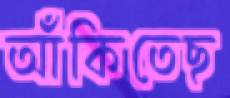
আঁকিতেছ